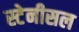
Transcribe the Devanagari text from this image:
स्टेनीसल